Annual report on the Civil Veterinary Department, Burma (including the Insein Veterinary School) - 1932-1941
Year: 1932
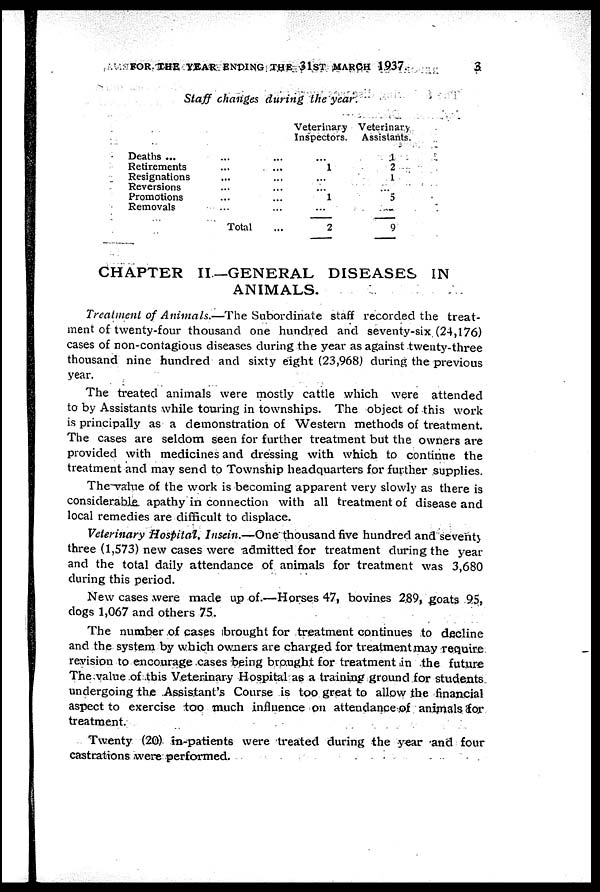
FOR THE YEAR ENDING THE 31ST MARCH 1937.
3
Staff changes during the year.
Deaths ... ... ...
Retirements... ...
Resignations... ...
Reversions... ...
Promotions... ...
Removals... ...
Total...
Veterinary
Inspectors.
...
1
...
...
1
...
2
Veterinary
Assistants.
1
2
1
...
5
-
9
CHAPTER II.—GENERAL DISEASES IN
ANIMALS.
Treatment of Animals.—The Subordinate staff recorded the treat-
ment of twenty-four thousand one hundred and seventy-six (24,176)
cases of non-contagious diseases during the year as against twenty-three
thousand nine hundred and sixty eight (23,968) during the previous
year.
The treated animals were mostly cattle which were attended
to by Assistants while touring in townships. The object of this work
is principally as a demonstration of Western methods of treatment.
The cases are seldom seen for further treatment but the owners are
provided with medicines and dressing with which to continue the
treatment and may send to Township headquarters for further supplies.
The value of the work is becoming apparent very slowly as there is
considerable apathy in connection with all treatment of disease and
local remedies are difficult to displace.
Veterinary Hospital, Insein.—One thousand five hundred and seventy
three (1,573) new cases were admitted for treatment during the year
and the total daily attendance of animals for treatment was 3,680
during this period.
New cases were made up of.—Horses 47, bovines 289, goats 95,
dogs 1,067 and others 75.
The number of cases brought for treatment continues to decline
and the system by which owners are charged for treatment may require
revision to encourage cases being brought for treatment in the future
The value of this Veterinary Hospital as a training ground for students
undergoing the Assistant's Course is too great to allow the financial
aspect to exercise too much influence on attendance of animals for
treatment.
Twenty (20) in-patients were treated during the year and four
castrations were performed.